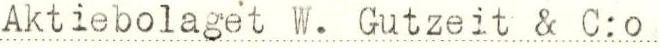
Aktiebolaget W. Gutzeit & C:o